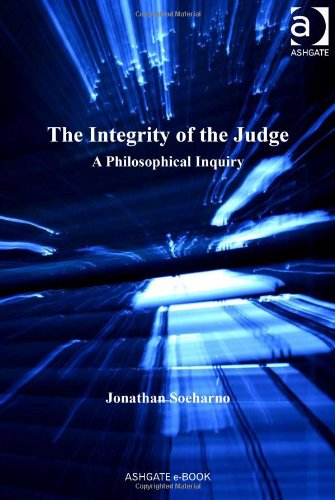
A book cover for The Integrity of the Judge (Law, Justice and Power); Jonathan Soeharno; Law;